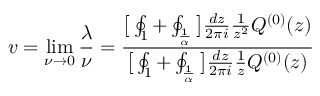
v = \operatorname* { l i m } _ { \nu \rightarrow 0 } \frac { \lambda } { \nu } = \frac { \big [ \oint _ { 1 } + \oint _ { \frac { 1 } { \alpha } } \big ] \frac { d z } { 2 \pi i } \frac { 1 } { z ^ { 2 } } Q ^ { ( 0 ) } ( z ) } { \big [ \oint _ { 1 } + \oint _ { \frac { 1 } { \alpha } } \big ] \frac { d z } { 2 \pi i } \frac { 1 } { z } Q ^ { ( 0 ) } ( z ) }